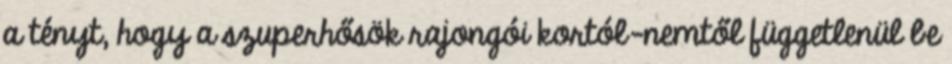
a tényt, hogy a szuperhősök rajongói kortól-nemtől függetlenül be